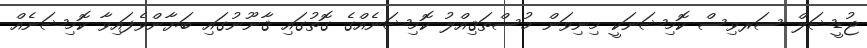
ޖުޑީޝަލް ސަރވިސް ކޮމިޝަނަކީ މިނިވަން މުސްތަޤިއްލު ކޮމިޝަނެއްގެ ގޮތުގައި ޤާނޫނުގައި ބަޔާންވެފައިވާ ކޮމިޝަނެއް